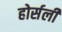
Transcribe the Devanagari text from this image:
होर्सली